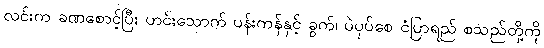
လင်းက ခဏစောင့်ပြီး ဟင်းသောက် ပန်းကန်နှင့် ခွက်၊ ပဲပုပ်စေ ငံပြာရည် စသည်တို့ကို